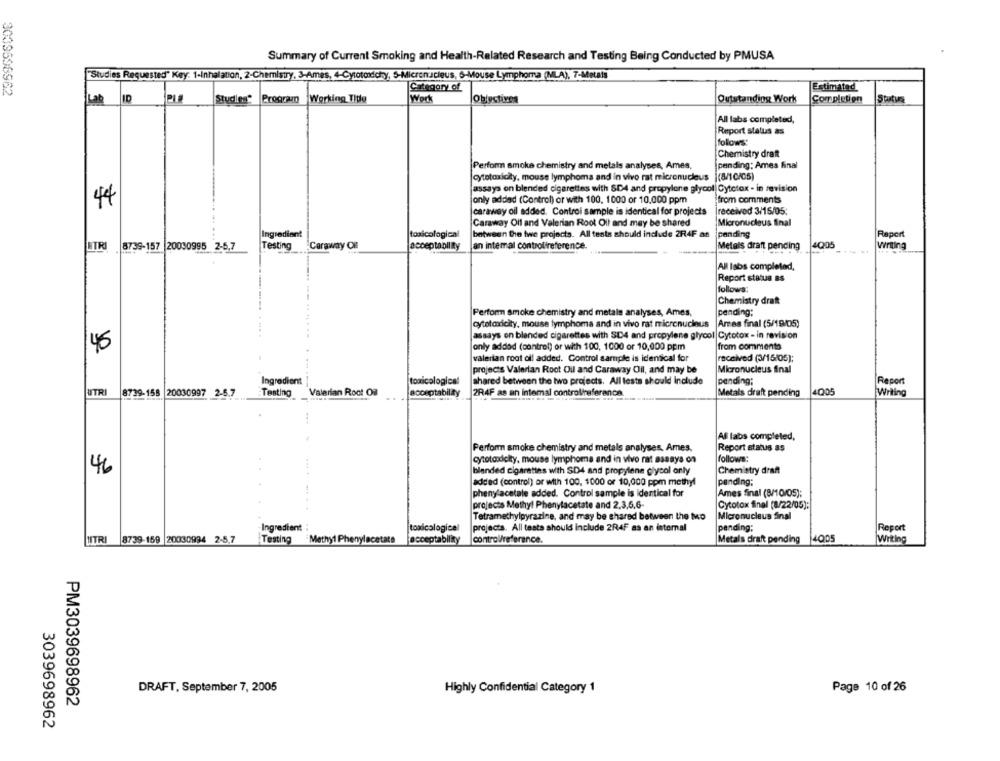
Summary of Current Smoking and Health-Related Research and Testing Being Conducted by PMUSA
"Studies Requested" Key: 1-Inhalation, 2-Chemistry, 3-Ames, 4-Cytotoxichy, S-Micronucleus, 6-Mouse Lymphoma (MLA), 7-Metals
Category of
Estimated
ID
Programo Working Title
Work
Oblyctives
Outstanding Work
Completion
Statue
Lab
All labs completed,
Report status as
follows:
Chemistry draft
Perform smoke chemistry and metals analyses, Ames,
pending: Ames final
cytotoxicity, mouse lymphoma and in vivo rat micronucleus
1(8/10/05)
assays on blended cigarettes with SD4 and propylene glycol Cytotox - in revision
from comments
44
Jonly added (Control) or with 100, 1000 or 10.000 ppm
caraway oil added. Controi sample is identical for projects
received 3/15/05
Caraway Oil and Valerian Root Oll and may be shared
Micronucleus final
Ingredient
toxicological
between the two projects. All tests should include 2R4F as
pending
Report
4005
Writing
HTR
.8739-157 20030995 2-5,7
Testing
Caraway OB
acceptability
Jan intemal controlireference.
Metals draft pending
All labs completed,
Report status as
follows
Chemistry draft
Perform smoke chemistry and metals analyses, Ames,
pending;
cytotoxicity, mouse lymphoma and in vivo rat micronucleus
Arees final (5/19/05)
assays on blended cigarettes with SD4 and propylene glycol Cytotox - in revision
45
only addod (control) or with 100, 1000 or 10,000 ppm
from comments
valerian root oll added. Control sample is identical for
received (3/15/05);
projectis Valerian Root Oil and Caraway Oil, and may be
Micronucleus final
Ingredient
toxicological
shared between the two projects. All tests should Include
pending;
Report
UTRI
8739-158 20030997 2-6.7
Testing
Valerian Root Of
acceptability
2R4F as an internal controlireferance
Metals draft pending
4005
Writing
Af labs completed,
Perform smoke chemistry and metals analyses. Ames.
Report status as
cytotoxicity, mouse lymphoma and in vivo rat assays on
follows:
46
blended cigarettes with SD4 and propylene glycol only
Chemistry draft
added (control) or with 100, 1000 or 10,000 ppm methyl
pending:
phenylacetate added. Control sample is identical for
Ames final (8/10/05);
....
projects Methyl Phenylacetate and 2,3,5,6-
Cytotox final (8/22/05):
Tetramethylpyrazine, and may be shared between the Mo
Micronucleus Sinal
Ingredient
toxicological
projects. All testa should include 2R4F as an internal
pending;
Report
UTRI 8739-159 20030994 2-5,7
Testing
Methyl Phenylacetate
acceptability
controlreferance.
Metals drakt pending 4Q05
Writing
DRAFT, September 7, 2005
Highly Confidential Category 1
Page 10 of 26
PM3039698962
3039698962